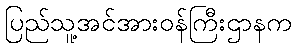
ပြည်သူ့အင်အားဝန်ကြီးဌာနက